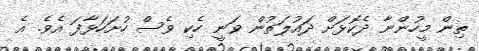
ތިން މީހުންނާ ދެކޮޅަށް ދައުލަތުން ވަނީ ހެކި ވެސް ހުށަހަޅާފަ އެވެ. އެ